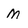
Character: M